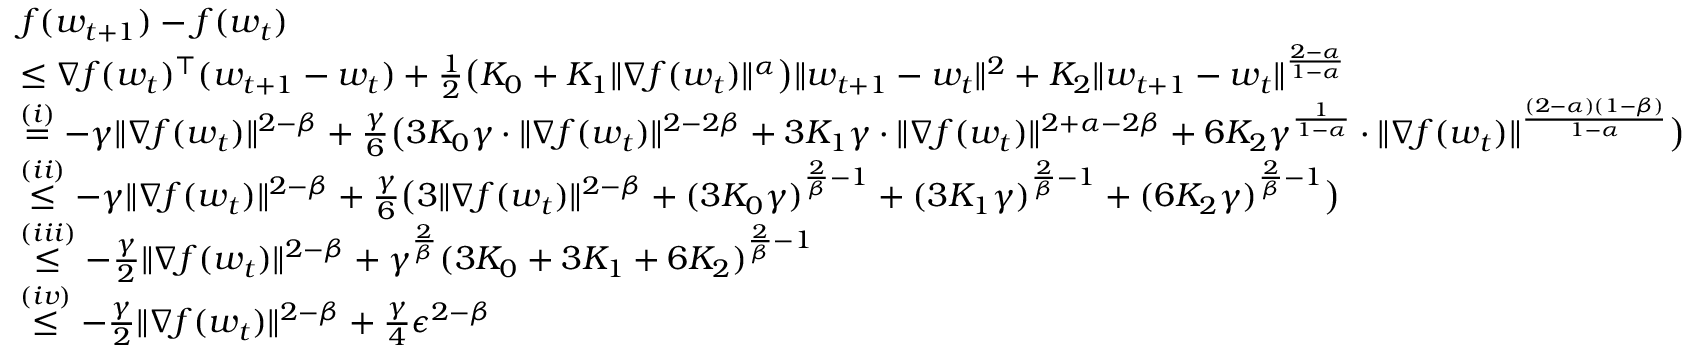
\begin{array} { r l } & { f ( w _ { t + 1 } ) - f ( w _ { t } ) } \\ & { \le \nabla f ( w _ { t } ) ^ { \top } ( w _ { t + 1 } - w _ { t } ) + \frac { 1 } { 2 } \big ( K _ { 0 } + K _ { 1 } \| \nabla f ( w _ { t } ) \| ^ { \alpha } \big ) \| w _ { t + 1 } - w _ { t } \| ^ { 2 } + K _ { 2 } \| w _ { t + 1 } - w _ { t } \| ^ { \frac { 2 - \alpha } { 1 - \alpha } } } \\ & { \overset { ( i ) } { = } - \gamma \| \nabla f ( w _ { t } ) \| ^ { 2 - \beta } + \frac { \gamma } { 6 } \big ( 3 K _ { 0 } \gamma \cdot \| \nabla f ( w _ { t } ) \| ^ { 2 - 2 \beta } + 3 K _ { 1 } \gamma \cdot \| \nabla f ( w _ { t } ) \| ^ { 2 + \alpha - 2 \beta } + 6 K _ { 2 } \gamma ^ { \frac { 1 } { 1 - \alpha } } \cdot \| \nabla f ( w _ { t } ) \| ^ { \frac { ( 2 - \alpha ) ( 1 - \beta ) } { 1 - \alpha } } \big ) } \\ & { \overset { ( i i ) } { \le } - \gamma \| \nabla f ( w _ { t } ) \| ^ { 2 - \beta } + \frac { \gamma } { 6 } \big ( 3 \| \nabla f ( w _ { t } ) \| ^ { 2 - \beta } + ( 3 K _ { 0 } \gamma ) ^ { \frac { 2 } { \beta } - 1 } + ( 3 K _ { 1 } \gamma ) ^ { \frac { 2 } { \beta } - 1 } + ( 6 K _ { 2 } \gamma ) ^ { \frac { 2 } { \beta } - 1 } \big ) } \\ & { \overset { ( i i i ) } { \le } - \frac { \gamma } { 2 } \| \nabla f ( w _ { t } ) \| ^ { 2 - \beta } + \gamma ^ { \frac { 2 } { \beta } } ( 3 K _ { 0 } + 3 K _ { 1 } + 6 K _ { 2 } ) ^ { \frac { 2 } { \beta } - 1 } } \\ & { \overset { ( i v ) } { \le } - \frac { \gamma } { 2 } \| \nabla f ( w _ { t } ) \| ^ { 2 - \beta } + \frac { \gamma } { 4 } \epsilon ^ { 2 - \beta } } \end{array}